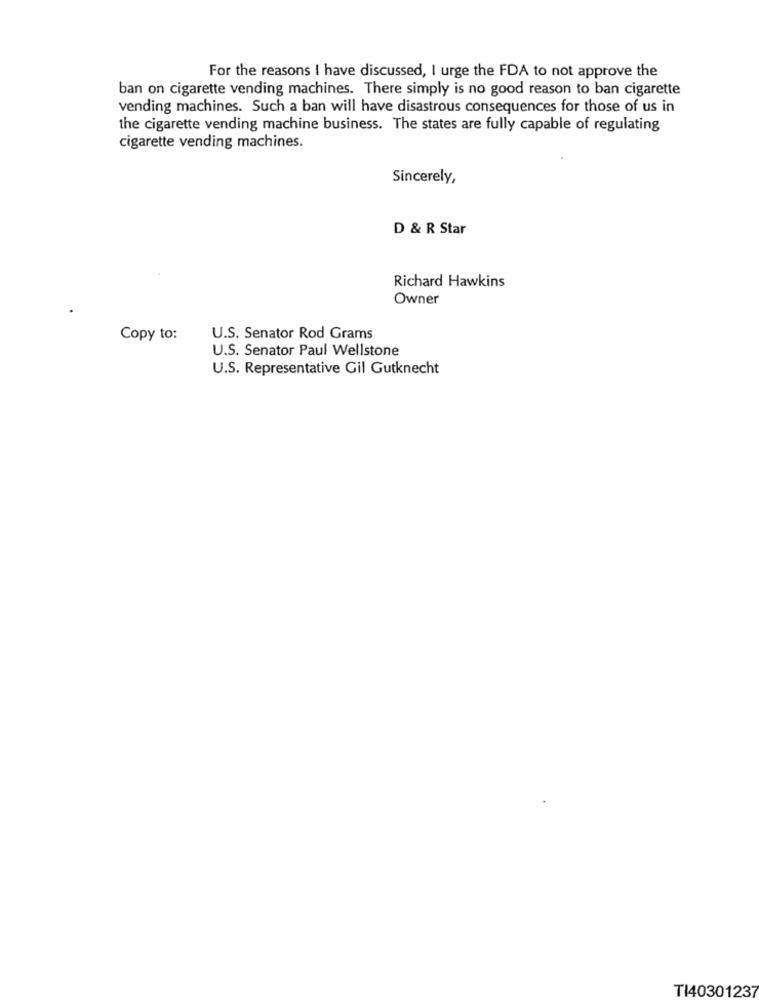
For the reasons I have discussed, I urge the FDA to not approve the
ban on cigarette vending machines. There simply is no good reason to ban cigarette
vending machines. Such a ban will have disastrous consequences for those of us in
the cigarette vending machine business. The states are fully capable of regulating
cigarette vending machines.
Sincerely,
D & R Star
Richard Hawkins
Owner
Copy to:
U.S. Senator Rod Grams
U.S. Senator Paul Wellstone
U.S. Representative Gil Gutknecht
TI40301237